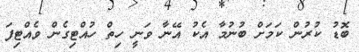
ބޮޑު ކުރުން ކަމަށް ބުނުމާ އެކު އޭނާ ވަނީ ހިތް ހުއްޓިގެން ވެއްޓިފަ